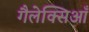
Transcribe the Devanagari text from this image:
गैलेक्सिआँ